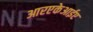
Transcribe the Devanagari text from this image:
आरएकेआईए